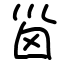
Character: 𡿺